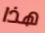
هذا